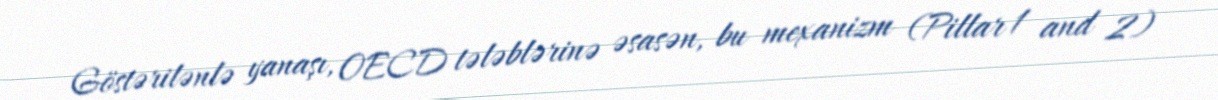
Göstərilənlə yanaşı, OECD tələblərinə əsasən, bu mexanizm (Pillar 1 and 2)